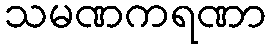
သမဏကရဏာ